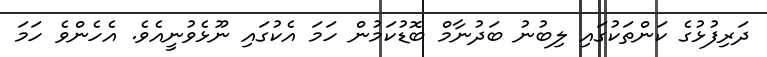
ދަރިފުޅުގެ ކަންތަކުގައި ލިބުނު ބަދުނާމް ބޮޑުކަމުން ހަމަ އެކުގައި ނޫޅެވުނީއެވެ. އެހެންވެ ހަމަ